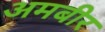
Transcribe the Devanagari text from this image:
अमबीर